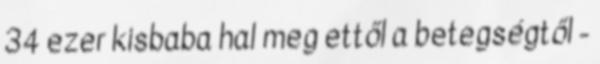
34 ezer kisbaba hal meg ettől a betegségtől -